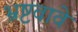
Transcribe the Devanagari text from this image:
भ्रष्टवावे